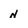
Character: n